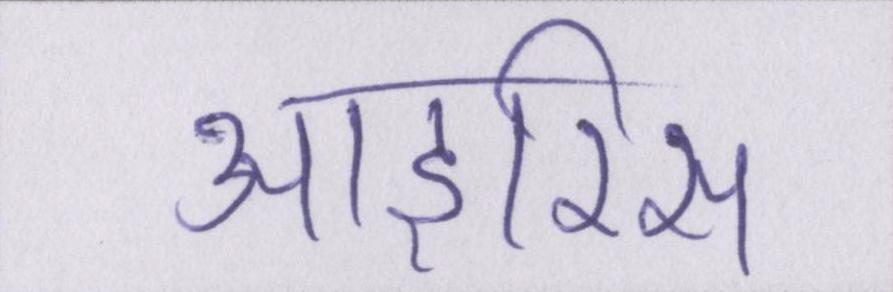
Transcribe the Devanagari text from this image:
आइरिस